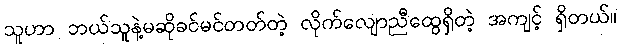
သူဟာ ဘယ်သူနဲ့မဆိုခင်မင်တတ်တဲ့ လိုက်လျောညီထွေရှိတဲ့ အကျင့် ရှိတယ်။